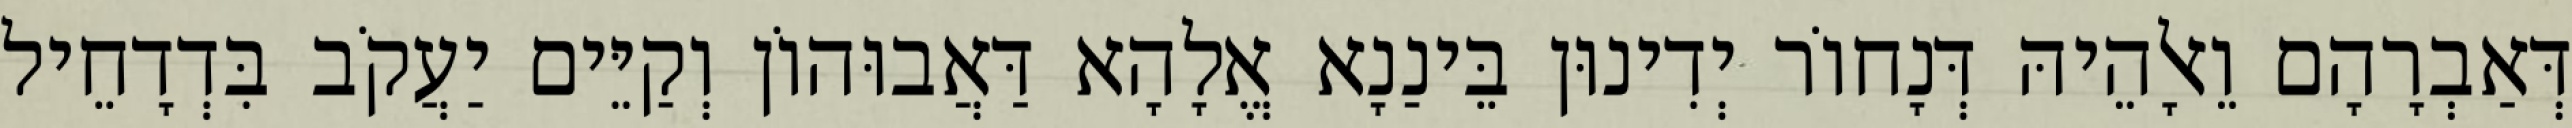
דְּאַבְרָהָם וֵאלָהֵיהּ דְּנָחוֹר יְדִינוּן בֵּינַנָא אֱלָהָא דַּאֲבוּהוֹן וְקַיֵּים יַעֲקֹב בִּדְדָחֵיל